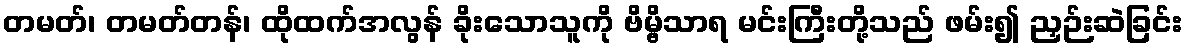
တမတ်၊ တမတ်တန်၊ ထိုထက်အလွန် ခိုးသောသူကို ဗိမ္ဗိသာရ မင်းကြီးတို့သည် ဖမ်း၍ ညှဉ်းဆဲခြင်း